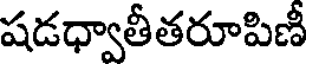
షడధ్వాతీతరూపిణీ